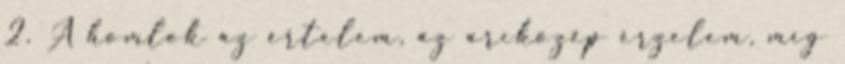
2. A homlok az értelem, az arcközép érzelem, míg